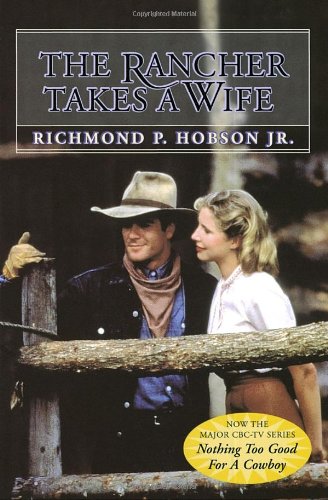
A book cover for The Rancher Takes a Wife; Richmond P. Hobson; Biographies & Memoirs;